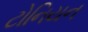
ટોનિયન